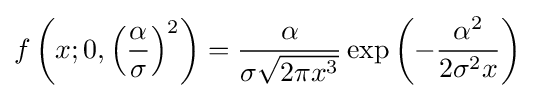
f\left(x;0,\left({\frac {\alpha }{\sigma }}\right)^{2}\right)={\frac {\alpha }{\sigma {\sqrt {2\pi x^{3}}}}}\exp \left(-{\frac {\alpha ^{2}}{2\sigma ^{2}x}}\right)